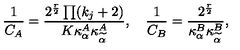
{ \frac { 1 } { C _ { A } } } = \frac { 2 ^ { \frac { r } { 2 } } \prod ( k _ { j } + 2 ) } { K \kappa _ { \alpha } ^ { A } \kappa _ { \widetilde { \alpha } } ^ { A } } , \quad { \frac { 1 } { C _ { B } } } = \frac { 2 ^ { \frac { r } { 2 } } } { \kappa _ { \alpha } ^ { B } \kappa _ { \widetilde { \alpha } } ^ { B } } ,